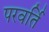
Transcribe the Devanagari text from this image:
परवर्ति